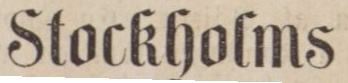
Stockholms